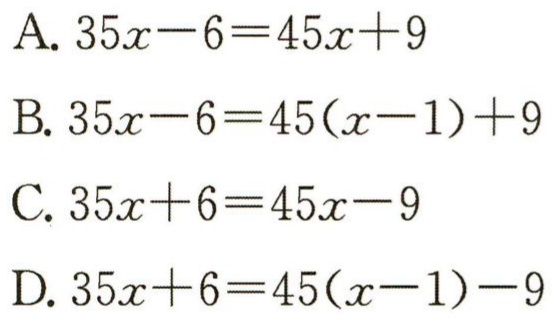
A. \(35x - 6 = 45x + 9\)

B. \(35x - 6 = 45(x - 1)+9\)

C. \(35x + 6 = 45x - 9\)

D. \(35x + 6 = 45(x - 1)-9\)